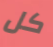
كل